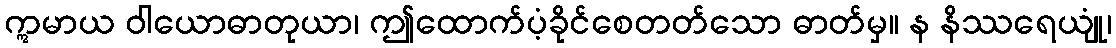
ဣမာယ ဝါယောဓာတုယာ၊ ဤထောက်ပံ့ခိုင်စေတတ်သော ဓာတ်မှ။ န နိဿရေယျုံ၊